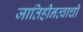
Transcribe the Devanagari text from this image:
जातिहीनत्वाची